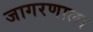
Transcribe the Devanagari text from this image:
जागरणाला